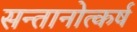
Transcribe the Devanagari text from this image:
सन्तानोत्कर्ष